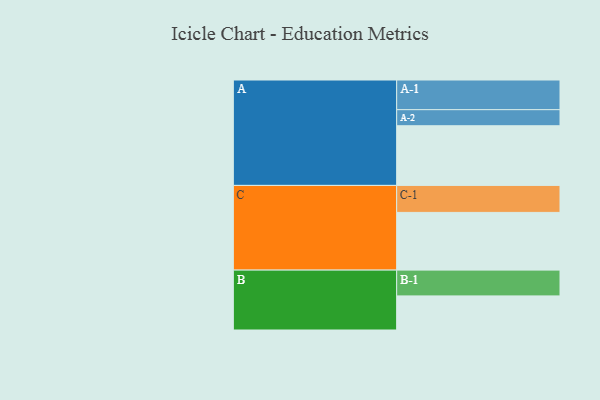
{"axis": {"x": "Segment", "y": "Value"}, "legend": ["", "A", "B", "C"], "data": [{"x": "A", "y": 553, "type": ""}, {"x": "B", "y": 316, "type": ""}, {"x": "C", "y": 535, "type": ""}, {"x": "A-1", "y": 275, "type": "A"}, {"x": "A-2", "y": 149, "type": "A"}, {"x": "B-1", "y": 239, "type": "B"}, {"x": "C-1", "y": 250, "type": "C"}]}